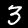
Label: 3